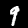
Digit: 9